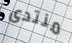
منتدى